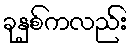
ခုနှစ်ကလည်း